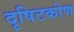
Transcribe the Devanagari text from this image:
दृषिटकोण